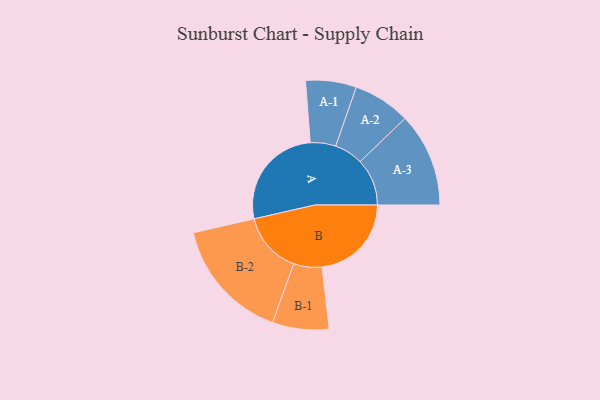
{"axis": {"x": "Segment", "y": "Value"}, "legend": ["", "A", "B"], "data": [{"x": "A", "y": 433, "type": ""}, {"x": "B", "y": 367, "type": ""}, {"x": "A-1", "y": 104, "type": "A"}, {"x": "A-2", "y": 118, "type": "A"}, {"x": "A-3", "y": 193, "type": "A"}, {"x": "B-1", "y": 116, "type": "B"}, {"x": "B-2", "y": 252, "type": "B"}]}